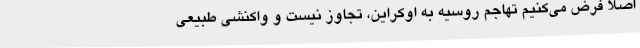
اصلا فرض می‌کنیم تهاجم روسیه به اوکراین، تجاوز نیست و واکنشی طبیعی